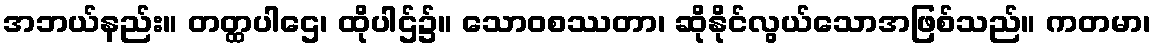
အဘယ်နည်း။ တတ္ထပါဌေ၊ ထိုပါဌ်၌။ သောဝစဿတာ၊ ဆိုနိုင်လွယ်သောအဖြစ်သည်။ ကတမာ၊